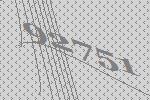
92751